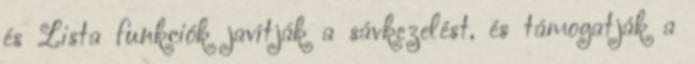
és Lista funkciók javítják a sávkezelést, és támogatják a